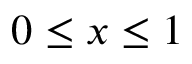
0 \le x \le 1